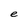
Character: e